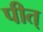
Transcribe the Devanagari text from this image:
पीत्